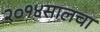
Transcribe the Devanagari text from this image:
२०१४सालचा